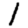
Digit: 1